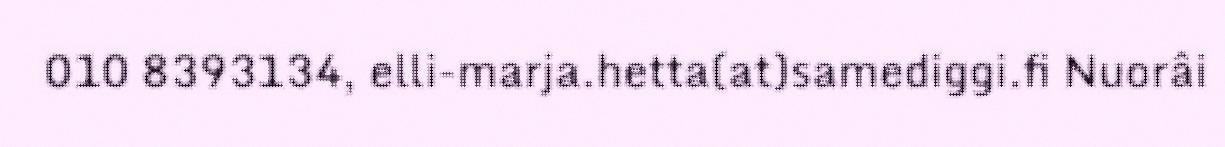
010 8393134, elli-marja.hetta(at)samediggi.fi Nuorâi